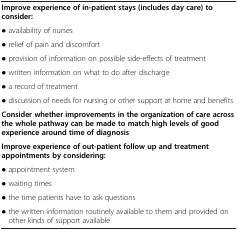
<table><thead><tr><td colspan="2"><b> </b></td></tr></thead><tbody><tr><td colspan="2"><b>Improve experience of in-patient stays (includes day care) to consider:</b></td></tr><tr><td colspan="2">• availability of nurses</td></tr><tr><td colspan="2">• relief of pain and discomfort</td></tr><tr><td colspan="2">• provision of information on possible side-effects of treatment</td></tr><tr><td colspan="2">• written information on what to do after discharge</td></tr><tr><td colspan="2">• a record of treatment</td></tr><tr><td colspan="2">• discussion of needs for nursing or other support at home and benefits</td></tr><tr><td colspan="2"><b>Consider whether improvements in the organization of care across the whole pathway can be made to match high levels of good experience around time of diagnosis</b></td></tr><tr><td colspan="2"><b>Improve experience of out-patient follow up and treatment appointments by considering:</b></td></tr><tr><td colspan="2">• appointment system</td></tr><tr><td colspan="2">• waiting times</td></tr><tr><td colspan="2">• the time patients have to ask questions</td></tr><tr><td colspan="2">• the written information routinely available to them and provided on other kinds of support available</td></tr></tbody></table>